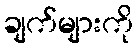
ချက်များကို